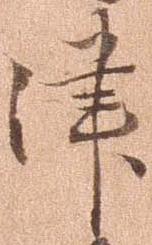
津